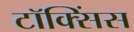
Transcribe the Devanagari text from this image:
टॉक्सिंस